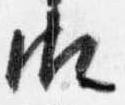
御